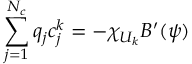
\sum _ { j = 1 } ^ { N _ { c } } q _ { j } c _ { j } ^ { k } = - \chi _ { U _ { k } } B ^ { \prime } ( \psi )